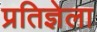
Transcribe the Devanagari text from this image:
प्रतिज्ञेला